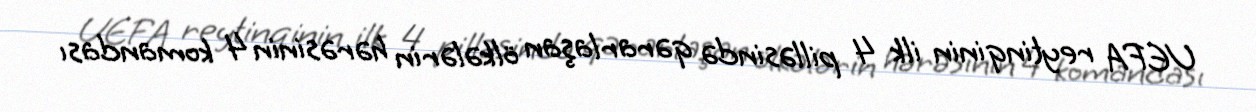
UEFA reytinqinin ilk 4 pilləsində qərarlaşan ölkələrin hərəsinin 4 komandası